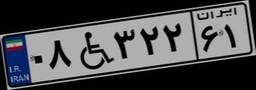
۰۸W۳۲۲۶۱